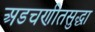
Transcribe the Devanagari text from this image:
अडचणीतसुद्धा